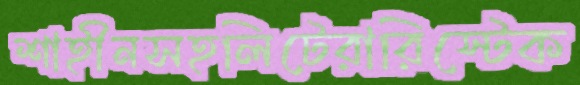
শাহীনসহলিটেরারিস্টেক